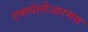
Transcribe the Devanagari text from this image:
एक्स्पेलीआरमस